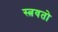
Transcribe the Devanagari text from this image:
स्त्रवतो